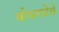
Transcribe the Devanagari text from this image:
बोधगयेचे